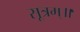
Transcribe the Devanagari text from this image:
सूत्रम्॥